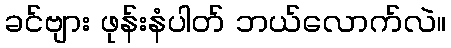
ခင်ဗျား ဖုန်းနံပါတ် ဘယ်လောက်လဲ။